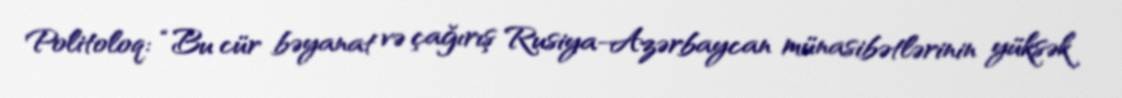
Politoloq: “Bu cür bəyanat və çağırış Rusiya-Azərbaycan münasibətlərinin yüksək